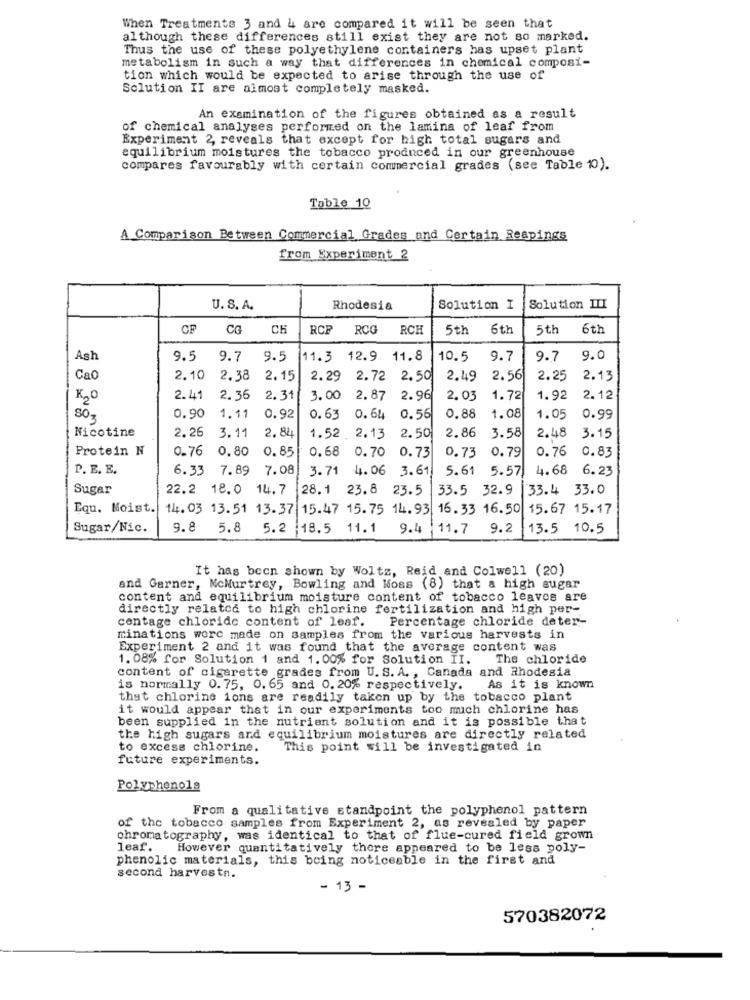
When Treatments 3 and 4 are compared it will be seen that
although these differences still exist they are not so marked.
Thus the use of these polyethylene containers has upset plant
metabolism in such a way that differences in chemical composi-
tion which would be expected to arise through the use of
Solution II are almost completely masked.
An examination of the figures obtained as a result
of chemical analyses performed on the lamina of leaf from
Experiment 2, reveals that except for high total sugars and
equilibrium moistures the tobacco produced in our greenhouse
compares favourably with certain commercial grades (see Table 10).
Table 10
A Comparison Between Commercial Grades and Certain Reapings
from Experiment 2
U. S. A.
Rhodesia
Solution I
Solution III
CF CG
CH
RCP
RCG
RCH
5th
6th
5th
6th
Ash
9.5
9.7
9.5
11.3 12.9 11.8
10.5
9.7
9.7
9.0
Cao
2.10
2.38
2.15
2.29 2.72 2.50
2.49
2.56
2.25
2.13
K2O
2.41
2.36
2.31
3.00 2.87 2.96
2.03
1.72
1.92
2.12
0
0.90
1.11
0.92
0.63 0.64
0.56
0.88
1.08
1.05
0.99
Nicotine
2.26
3.11
2. 84
1.52 . 2.13 2.50
2.86 3.58
2.48
3.15
Protein N
0-76
0.80
0. 85
0.76
0.83
0.68 0.70 0.73
0.73 0.79
P. E. E.
6.33 7.89
7.08
3.71 4.06 3.61
5.61 5.57
4.68 6.23
Sugar
22.2 18.0 14.7
28.1 23.8 23.5
33.5 32.9
33.4 33.0
Equ. Moist. 14. 03 13. 51 13.37 15.47 15.75 14.93 16.33 16.50
15.67 15.17
Sugar/Nic.
9.8 5.8
5.2 |18.5 11.1
9.4
11.7
9.2
13.5 10.5
It has been shown by Woltz, Reid and Colwell (20)
and Garner, McNurtrey, Bowling and Moss (8) that a high sugar
content and equilibrium moisture content of tobacco leaves are
directly related to high chlorine fertilization and high per-
centage chloride content of leaf.
Percentage chloride deter-
minations were made on samples from the various harvests in
Experiment 2 and it was found that the average content was
1. 08% for Solution 1 and 1. 00% for Solution II.
The chloride
content of cigarette grades from U.S. A ., Canada and Rhodesia
is normally 0.75, 0. 65 and 0. 20% respectively.
As it is known
that chlorine ions are readily taken up by the tobacco plant
it would appear that in our experiments too much chlorine has
been supplied in the nutrient solution and it is possible that
the high sugars and equilibrium moistures are directly related
to excess chlorine.
This point will be investigated in
future experiments.
Polyphenols
From a qualitative standpoint the polyphenol pattern
of the tobacco samples from Experiment 2, as revealed by paper
chromatography, was identical to that of flue-cured field grown
leaf.
However quantitatively thore appeared to be less poly-
phenolic materials, this being noticeable in the first and
second harvesta.
- 13 -
570382072